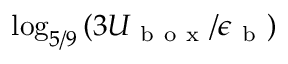
\log _ { 5 / 9 } \left( 3 U _ { \mathrm { ~ b ~ o ~ x ~ } } / \epsilon _ { \mathrm { ~ b ~ } } \right)